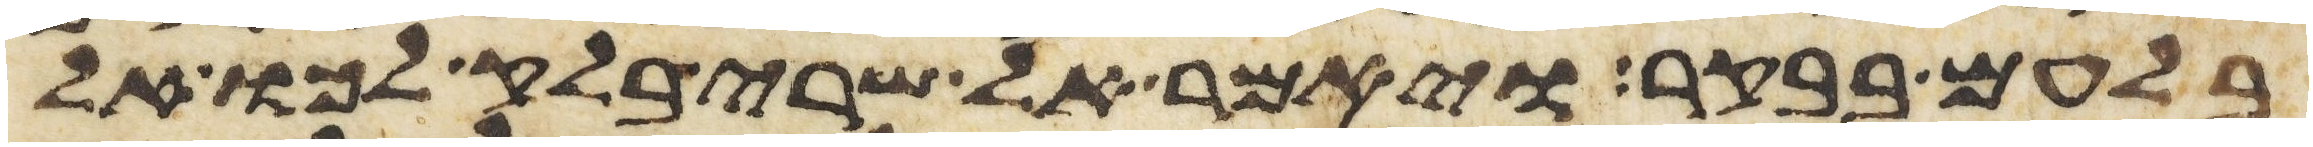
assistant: בלעם בבקר ויאמר אל שרי בלק לכו אל